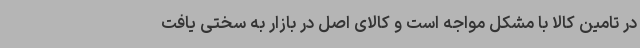
در تامین کالا با مشکل مواجه است و کالای اصل در بازار به سختی یافت